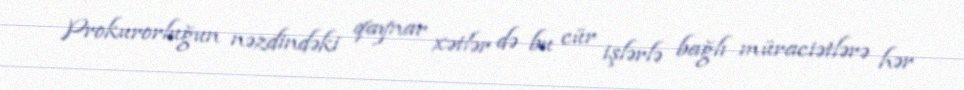
Prokurorluğun nəzdindəki qaynar xətlər də bu cür işlərlə bağlı müraciətlərə hər